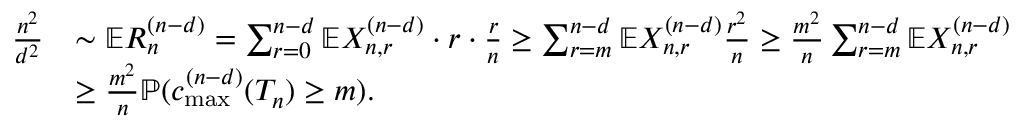
\begin{array} { r l } { \frac { n ^ { 2 } } { d ^ { 2 } } } & { \sim \mathbb { E } R _ { n } ^ { ( n - d ) } = \sum _ { r = 0 } ^ { n - d } \mathbb { E } X _ { n , r } ^ { ( n - d ) } \cdot r \cdot \frac { r } { n } \geq \sum _ { r = m } ^ { n - d } \mathbb { E } X _ { n , r } ^ { ( n - d ) } \frac { r ^ { 2 } } { n } \geq \frac { m ^ { 2 } } { n } \sum _ { r = m } ^ { n - d } \mathbb { E } X _ { n , r } ^ { ( n - d ) } } \\ & { \geq \frac { m ^ { 2 } } { n } \mathbb { P } ( c _ { \operatorname* { m a x } } ^ { ( n - d ) } ( T _ { n } ) \geq m ) . } \end{array}